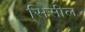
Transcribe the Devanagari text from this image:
सिसील